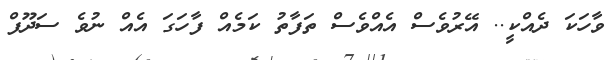
ވާހަކަ ދެއްކީ.. އޭރުވެސް އެއްވެސް ތަފާތު ކަމެއް ފާހަގަ އެއް ނުވެ ސަދޫފް